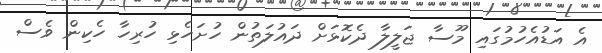
އެ އަޑުއެހުމުގައި މޫސާ ޖަލީލާ ދެކޮޅަށް ދައުލަތުން ހުށަހެޅި ހުރިހާ ހެކިން ވެސް